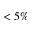
< 5 \%